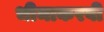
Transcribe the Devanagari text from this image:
भीमाकरवी